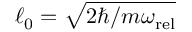
\ell _ { 0 } = \sqrt { 2 \hbar / m \omega _ { \mathrm { r e l } } }